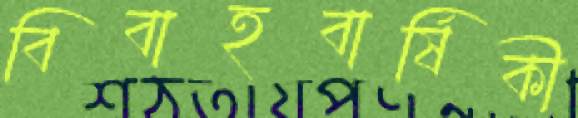
বিবাহবার্ষিকী